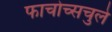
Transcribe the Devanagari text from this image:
फाचोच्सचुले